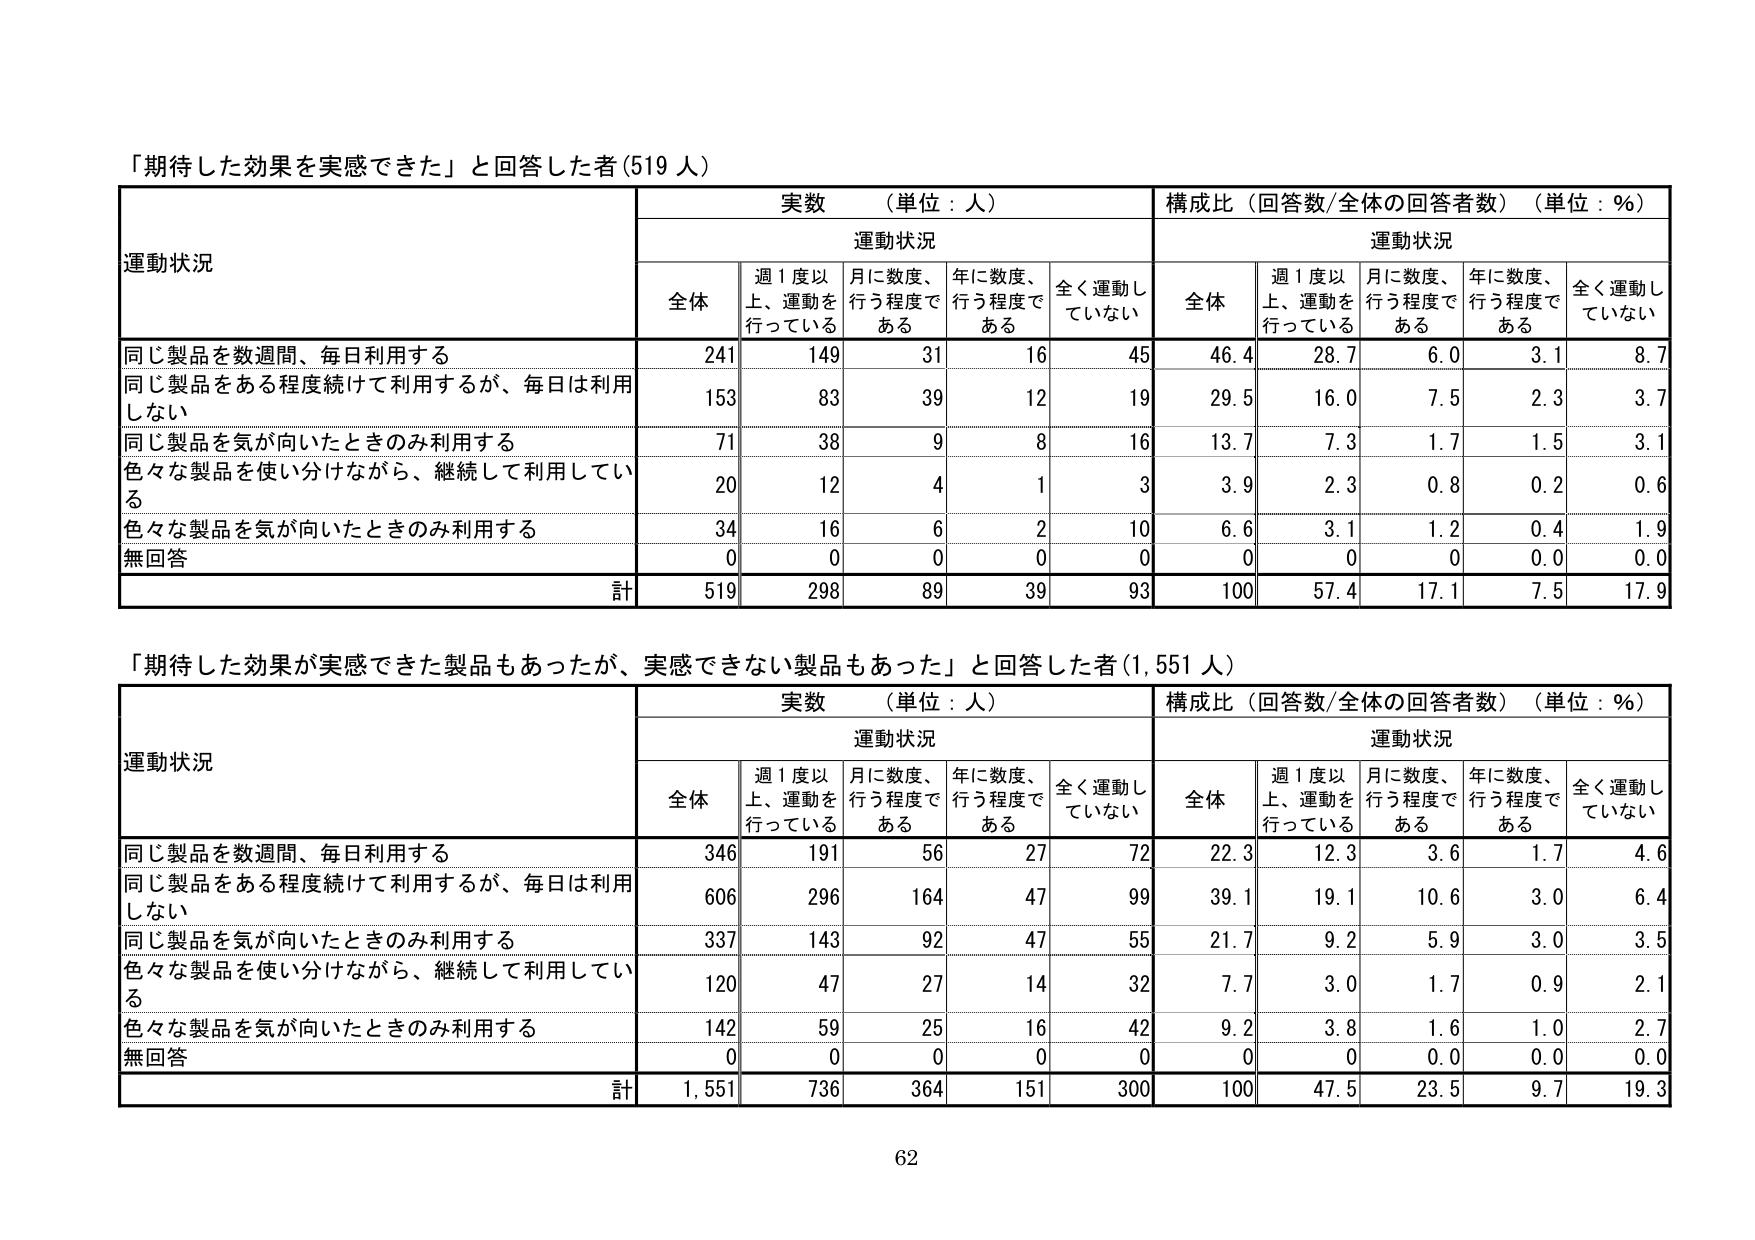
「期待した効果を実感できた」と回答した者（519人）

運動状況

実数（単位：人） 構成比（回答数/全体の回答者数）（単位：%）

運動状況 運動状況

全体 週1度以上、運動を行っている 月に数度、行う程度である 年に数度、行う程度である 全く運動していない 全体 週1度以上、運動を行っている 月に数度、行う程度である 年に数度、行う程度である 全く運動していない

同じ製品を数週間、毎日利用する 241 149 31 16 45 46.4 28.7 6.0 3.1 8.7

同じ製品をある程度続けて利用するが、毎日は利用しない 153 83 39 12 19 29.5 16.0 7.5 2.3 3.7

同じ製品を気が向いたときのみ利用する 71 38 9 8 16 13.7 7.3 1.7 1.5 3.1

色々な製品を使い分けながら、継続して利用している 20 12 4 1 3 3.9 2.3 0.8 0.2 0.6

色々な製品を気が向いたときのみ利用する 34 16 6 2 10 6.6 3.1 1.2 0.4 1.9

無回答 0 0 0 0 0 0 0 0 0.0 0.0

計 519 298 89 39 93 100 57.4 17.1 7.5 17.9

「期待した効果が実感できた製品もあったが、実感できない製品もあった」と回答した者（1,551人）

運動状況

実数（単位：人） 構成比（回答数/全体の回答者数）（単位：%）

運動状況 運動状況

全体 週1度以上、運動を行っている 月に数度、行う程度である 年に数度、行う程度である 全く運動していない 全体 週1度以上、運動を行っている 月に数度、行う程度である 年に数度、行う程度である 全く運動していない

同じ製品を数週間、毎日利用する 346 191 56 27 72 22.3 12.3 3.6 1.7 4.6

同じ製品をある程度続けて利用するが、毎日は利用しない 606 296 164 47 99 39.1 19.1 10.6 3.0 6.4

同じ製品を気が向いたときのみ利用する 337 143 92 47 55 21.7 9.2 5.9 3.0 3.5

色々な製品を使い分けながら、継続して利用している 120 47 27 14 32 7.7 3.0 1.7 0.9 2.1

色々な製品を気が向いたときのみ利用する 142 59 25 16 42 9.2 3.8 1.6 1.0 2.7

無回答 0 0 0 0 0 0 0 0.0 0.0 0.0

計 1,551 736 364 151 300 100 47.5 23.5 9.7 19.3

62